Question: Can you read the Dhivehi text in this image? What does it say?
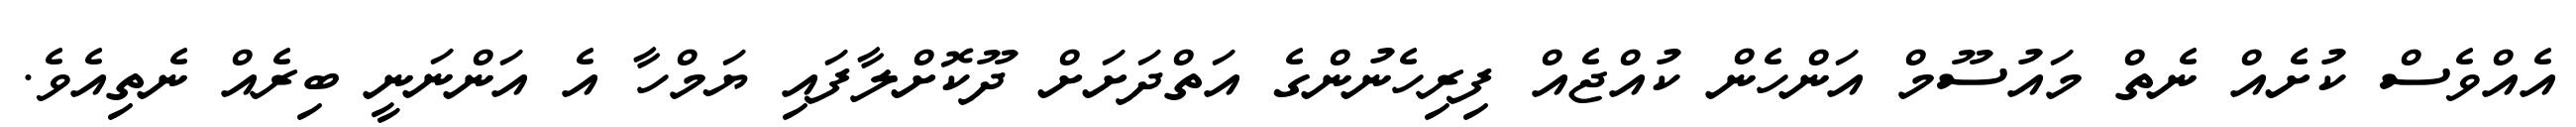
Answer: އެއްވެސް ކުށެއް ނެތް މައުސޫމް އަންހެން ކުއްޖެއް ފިރިހެނުންގެ އަތްދަށަށް ދޫކޮށްލާފައި ޔަމްހާ އެ އަންނަނީ ބިރެއް ނެތިއެވެ.